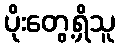
ပိုးတွေ့ရှိသူ